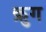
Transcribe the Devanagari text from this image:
क्रुग